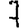
Digit: 7